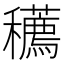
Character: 𥤆